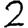
Digit: 2